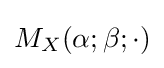
M_{X}(\alpha ;\beta ;\cdot )